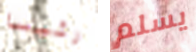
رئيسا يسلم